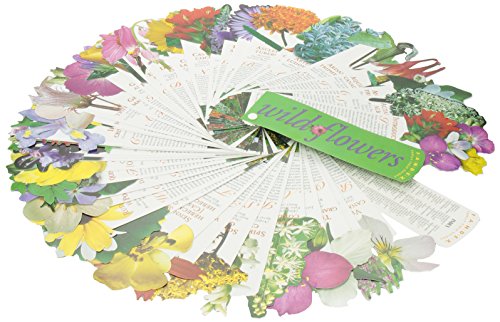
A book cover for Fandex Family Field Guides: Wildflowers; Ruth Rogers Clausen; Children's Books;